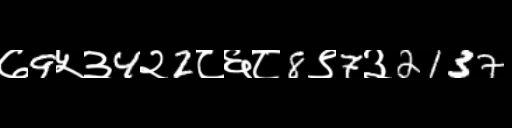
Text: ७9५३4२2८६८8९7३2137